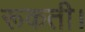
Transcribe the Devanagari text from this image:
रूकती।